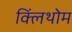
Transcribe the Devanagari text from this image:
क्लिंथोम